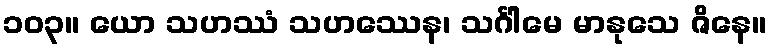
၁၀၃။ ယော သဟဿံ သဟဿေန၊ သင်္ဂါမေ မာနုသေ ဇိနေ။